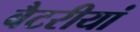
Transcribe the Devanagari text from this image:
बैटरीयां